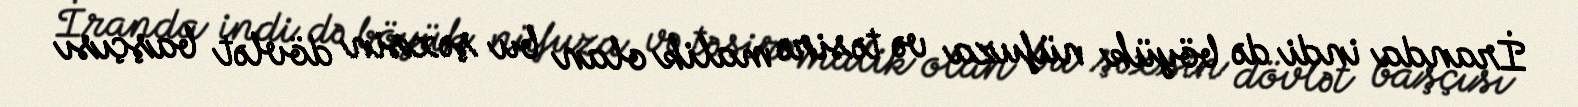
İranda indi də böyük nüfuza və təsirə malik olan bu şəxsin dövlət başçısı